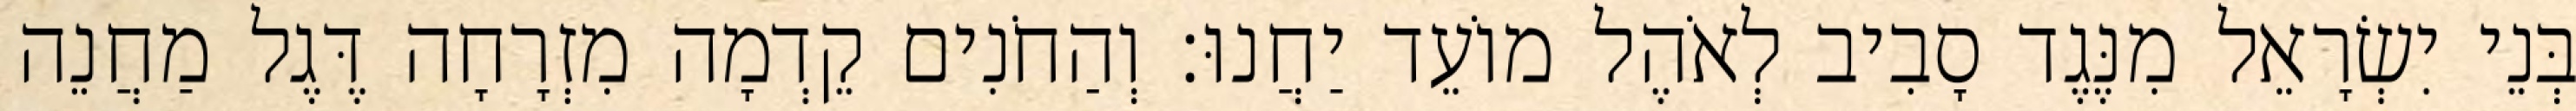
בְּנֵי יִשְׂרָאֵל מִנֶּגֶד סָבִיב לְאֹהֶל מוֹעֵד יַחֲנוּ׃ וְהַחֹנִים קֵדְמָה מִזְרָחָה דֶּגֶל מַחֲנֵה